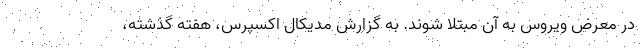
در معرض ویروس به آن مبتلا شوند. به گزارش مدیکال اکسپرس، هفته گذشته،